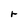
Character: r